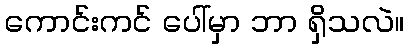
ကောင်းကင် ပေါ်မှာ ဘာ ရှိသလဲ။